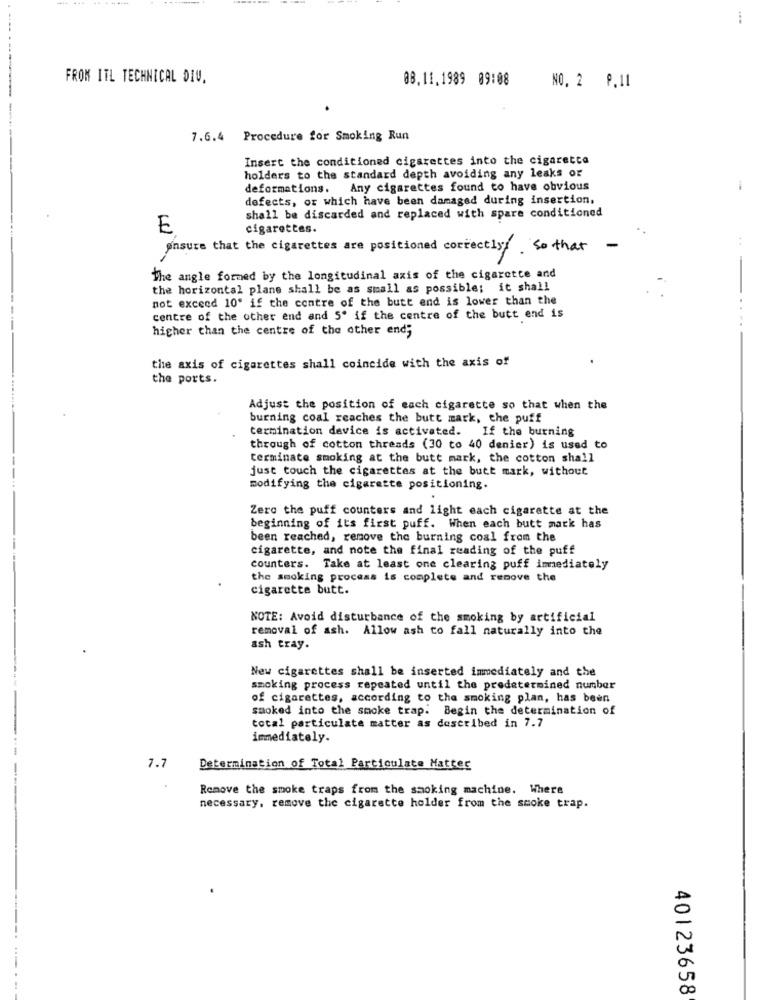
FROM ITL TECHNICAL DIV.
88.11.1989 09:08
NO. 2 9.11
7.6.4 Procedure for Smoking Run
Insert the conditioned cigarettes into the cigaretta
holders to the standard depth avoiding any leaks or
deformations. Any cigarettes found to have obvious
defects, or which have been damaged during insertion,
shall be discarded and replaced with spare conditioned
E
cigarettes.
insure that the cigarettes are positioned correctly . so that
-
The angle formed by the longitudinal axis of the cigarette and
the horizontal plane shall be as small as possible; it shall
not exceed 10' if the centre of the butt end is lower than the
centre of the other end and 5' if the centre of the butt end is
higher than the centre of the other end;
the axis of cigarettes shall coincide with the axis of
the ports.
Adjust the position of each cigarette so that when the
burning coal reaches the butt mark, the puff
termination device is activated.
If the burning
through of cotton threads (30 to 40 denier) is used to
terminate smoking at the butt mark, the cotton shall
just touch the cigarettes at the butt mark, without
modifying the cigarette positioning.
.
Zero the puff counters and light each cigarette at the
beginning of its first puff. When each butt mark has
been reached, remove the burning coal from the
cigarette, and note the final reading of the puff
counters. Take at least one clearing puff immediately
the smoking process is complete and remove the
cigarette butt.
NOTE: Avoid disturbance of the smoking by artificial
removal of ash. Allow ash to fall naturally into the
ash tray.
New cigarettes shall be inserted immediately and the
smoking process repeated until the predetermined number
of cigarettes, according to the smoking plan, has been
smoked into the smoke trap. Begin the determination of
total particulate matter as described in 7.7
immediately.
7.7
Determination of Total Particulate Matter
Remove the smoke traps from the smoking machine. Where
necessary. remove the cigarette holder from the smoke trap.
40123658